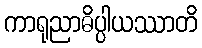
ကာရုညာဓိပ္ပါယဿာတိ